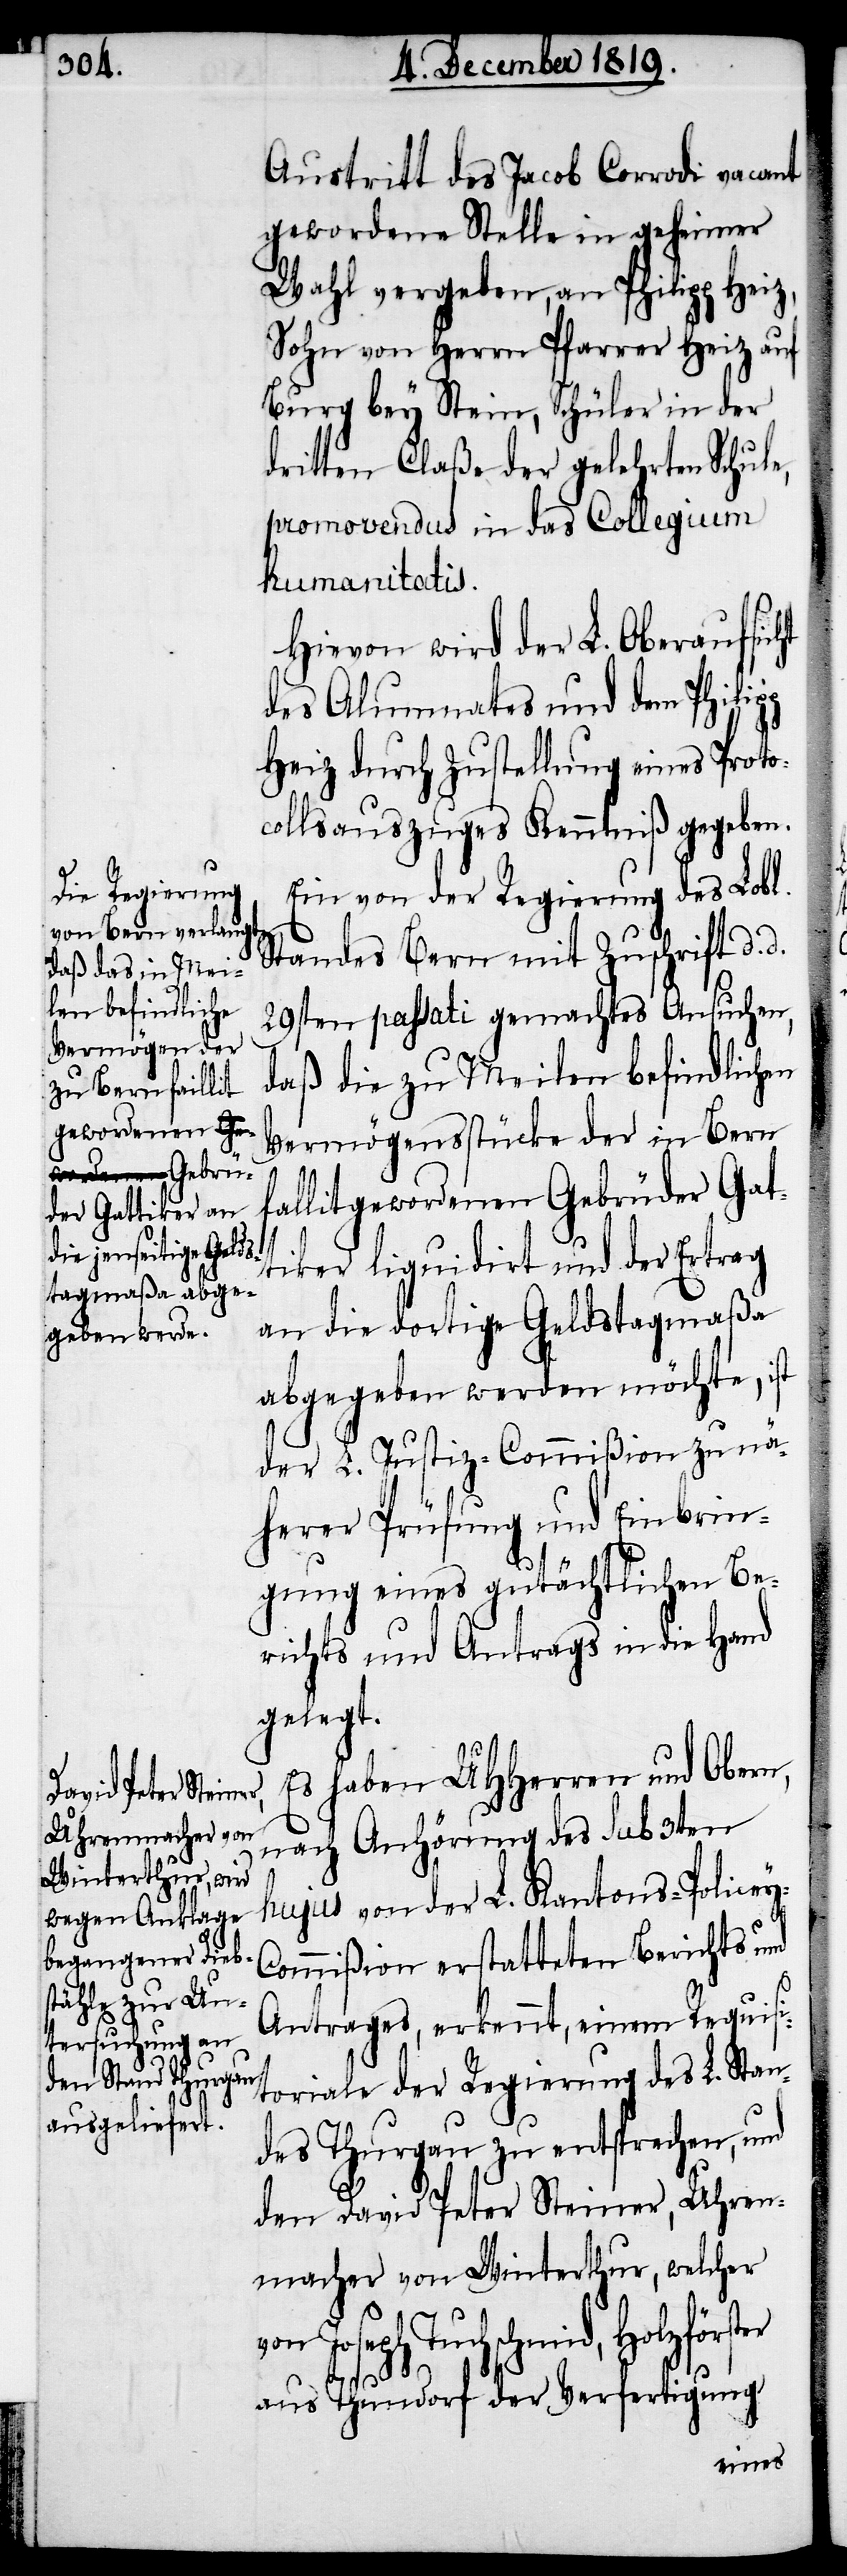
cey-C¬

Austritt des Jacob Corrodi vacant
gewordene Stelle in geheimer
Wahl vergeben, an Philipp Heiz
Sohn von Herrn Pfarrer Heiz auf
Burg bey Stein, Schüler in der
dritten Claße der gelehrten Schule,
promovendus in das Collegium
humanitatis.
Hievon wird der L. Oberaufsicht
des Alumnates und dem Philip¬
p Heiz durch Zustellung eines Proto¬
collsauszuges Kenntniß gegeben.
Ein von der Regierung des Lobl.
Standes Bern mit Zuschrift d.
29sten passati gemachtes Ansuchen,
daß die zu Meilen befindlichen
Vermögensstücke der in Bern
fallit gewordenen Gebrüder Gat¬
tiker liquidirt und der Ertrag
an die dortige Geldstagmaßa
abgegeben werden möchte, ist
der L. Justiz-Commißion zu nä¬
herer Prüfung und Einbrin¬
gung eines gutächtlichen Be¬
richts und Antrags in die Hand
gelegt.
Es haben UHHerren und Obern,
nach Anhörung des sub 3ten
hujus von der L. Kantons-Poli¬
ommißion erstatteten Berichts und
Antrages, erkennt, einem Requisi¬
toriale der Regierung des L. Stan¬
des Thurgau zu entsprechen, und
den David Peter Steiner, Uhren¬
macher von Winterthur, welcher
Tuchschmid, Holzförster
aus Thundorf der Verfertigung